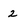
Character: 2